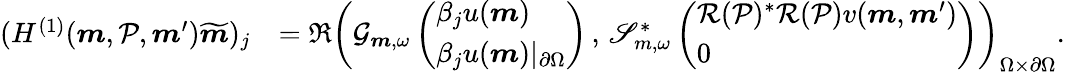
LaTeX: \begin{array}{rl}{(H^{(1)}(\boldsymbol{m},\mathcal{P},\boldsymbol{m}^{\prime})\widetilde{\boldsymbol{m}})_{j}}&{=\Re\left(\mathcal{G}_{\boldsymbol{m},\omega}\left(\begin{array}{l}{\beta_{j}u(\boldsymbol{m})}\\ {\beta_{j}u(\boldsymbol{m})\vert_{\partial\Omega}}\end{array}\right)\, ,\, \mathscr{S}_{m,\omega}^{*}\left(\begin{array}{l}{\mathcal{R}(\mathcal{P})^{*}\mathcal{R}(\mathcal{P})v(\boldsymbol{m},\boldsymbol{m}^{\prime})}\\ {0}\end{array}\right)\right)_{\Omega\times\partial\Omega}.}\end{array}